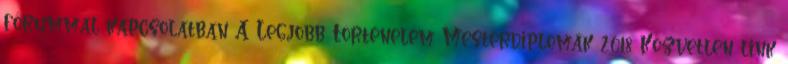
fórummal kapcsolatban A Legjobb Történelem Mesterdiplomák 2018 Közvetlen link